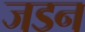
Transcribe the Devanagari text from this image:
जडन